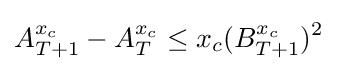
A_{T+1}^{x_{c}}-A_{T}^{x_{c}}\leq x_{c}(B_{T+1}^{x_{c}})^{2}